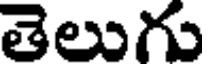
తెలుగు